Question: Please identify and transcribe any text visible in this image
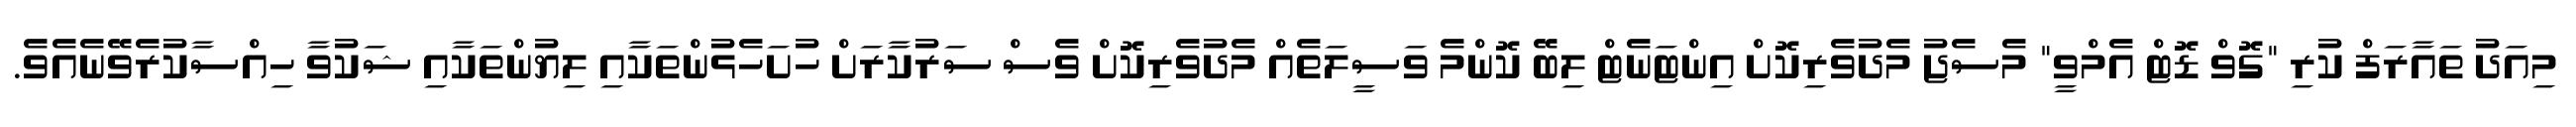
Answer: މިއަދު ތައާރަފް ކުރި "ގޮވް ޑޮޓް އެމްވީ" މެސެޖު މެދުވެރިކޮށް އިންޓަނެޓް ލިބޭ ކޮންމެ ވަސީލަތެއް މެދުވެރިކޮށް ވެސް ސަރުކާރަށް ހުށަހެޅުންތަކާއި ލިޔުންތަކާއި ޝަކުވާ ހިއްސާކުރެވޭނެއެވެ.